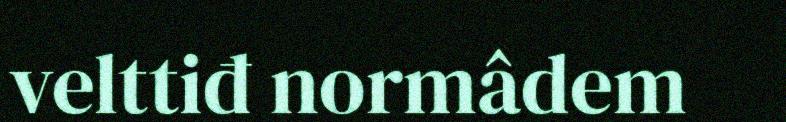
velttiđ normâdem